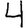
Digit: 4